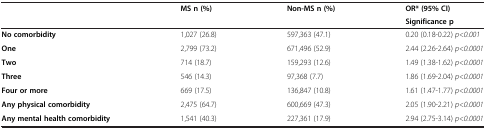
<table><thead><tr><td rowspan="2"><b> </b></td><td rowspan="2"><b>MS n (%)</b></td><td rowspan="2"><b>Non-MS n (%)</b></td><td><b>OR* (95% CI)</b></td></tr><tr><td><b>Significance p</b></td></tr></thead><tbody><tr><td><b>No comorbidity</b></td><td>1,027 (26.8)</td><td>597,363 (47.1)</td><td>0.20 (0.18-0.22) <i>p&lt;0.001</i></td></tr><tr><td><b>One</b></td><td>2,799 (73.2)</td><td>671,496 (52.9)</td><td>2.44 (2.26-2.64) <i>p&lt;0.0001</i></td></tr><tr><td><b>Two</b></td><td>714 (18.7)</td><td>159,293 (12.6)</td><td>1.49 (1.38-1.62) <i>p&lt;0.0001</i></td></tr><tr><td><b>Three</b></td><td>546 (14.3)</td><td>97,368 (7.7)</td><td>1.86 (1.69-2.04) <i>p&lt;0.0001</i></td></tr><tr><td><b>Four or more</b></td><td>669 (17.5)</td><td>136,847 (10.8)</td><td>1.61 (1.47-1.77) <i>p&lt;0.0001</i></td></tr><tr><td><b>Any physical comorbidity</b></td><td>2,475 (64.7)</td><td>600,669 (47.3)</td><td>2.05 (1.90-2.21) <i>p&lt;0.0001</i></td></tr><tr><td><b>Any mental health comorbidity</b></td><td>1,541 (40.3)</td><td>227,361 (17.9)</td><td>2.94 (2.75-3.14) <i>p&lt;0.0001</i></td></tr></tbody></table>